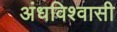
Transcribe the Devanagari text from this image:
अंधविश्‍वासी